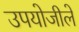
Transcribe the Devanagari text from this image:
उपयोजीले